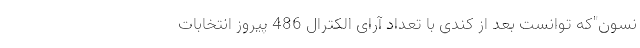
نسون"که توانست بعد از کندی با تعداد آرای الکترال 486 پیروز انتخابات